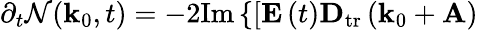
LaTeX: \partial_{t}\mathcal{N}(\mathbf{k}_{0},t)=-2\mathrm{Im}\left\{ \left[\mathbf{E}\left(t\right)\mathbf{D}_{\mathrm{tr}}\left(\mathbf{k}_{0}+\mathbf{A}\right)\right.\right.